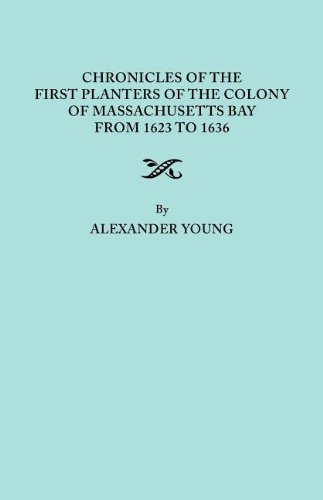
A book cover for Chronicles of the First Planters of the Colony of Massachusetts Bay from 1623 to 1636; Alexander Young; Reference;